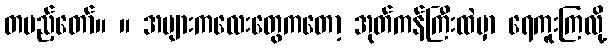
တပည့်တော်။ ။ အများကလေးတွေကတော့ အုတ်ကန်ကြီးထဲမှာ ရေကူးကြလို့